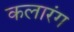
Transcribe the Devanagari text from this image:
कलारंग